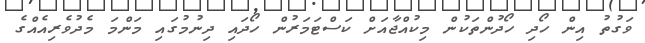
ވަގުތު އިން ހޯދި ހޯދުންތަކުން މިކުއްޖާއަށް ކަސްޓަމަރުން ހޯދައި ދިނުމުގައި މަންމަ މެދުވެރިއެއްގެ